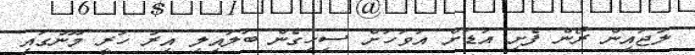
ލުޖައިން ރޯން ފެށި އަޑަށް އަވަހަށް ސިހިގެން ބަލައިލި އިރު ހުރީ މޫނުގައި